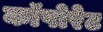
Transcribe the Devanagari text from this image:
कॉपोरेट